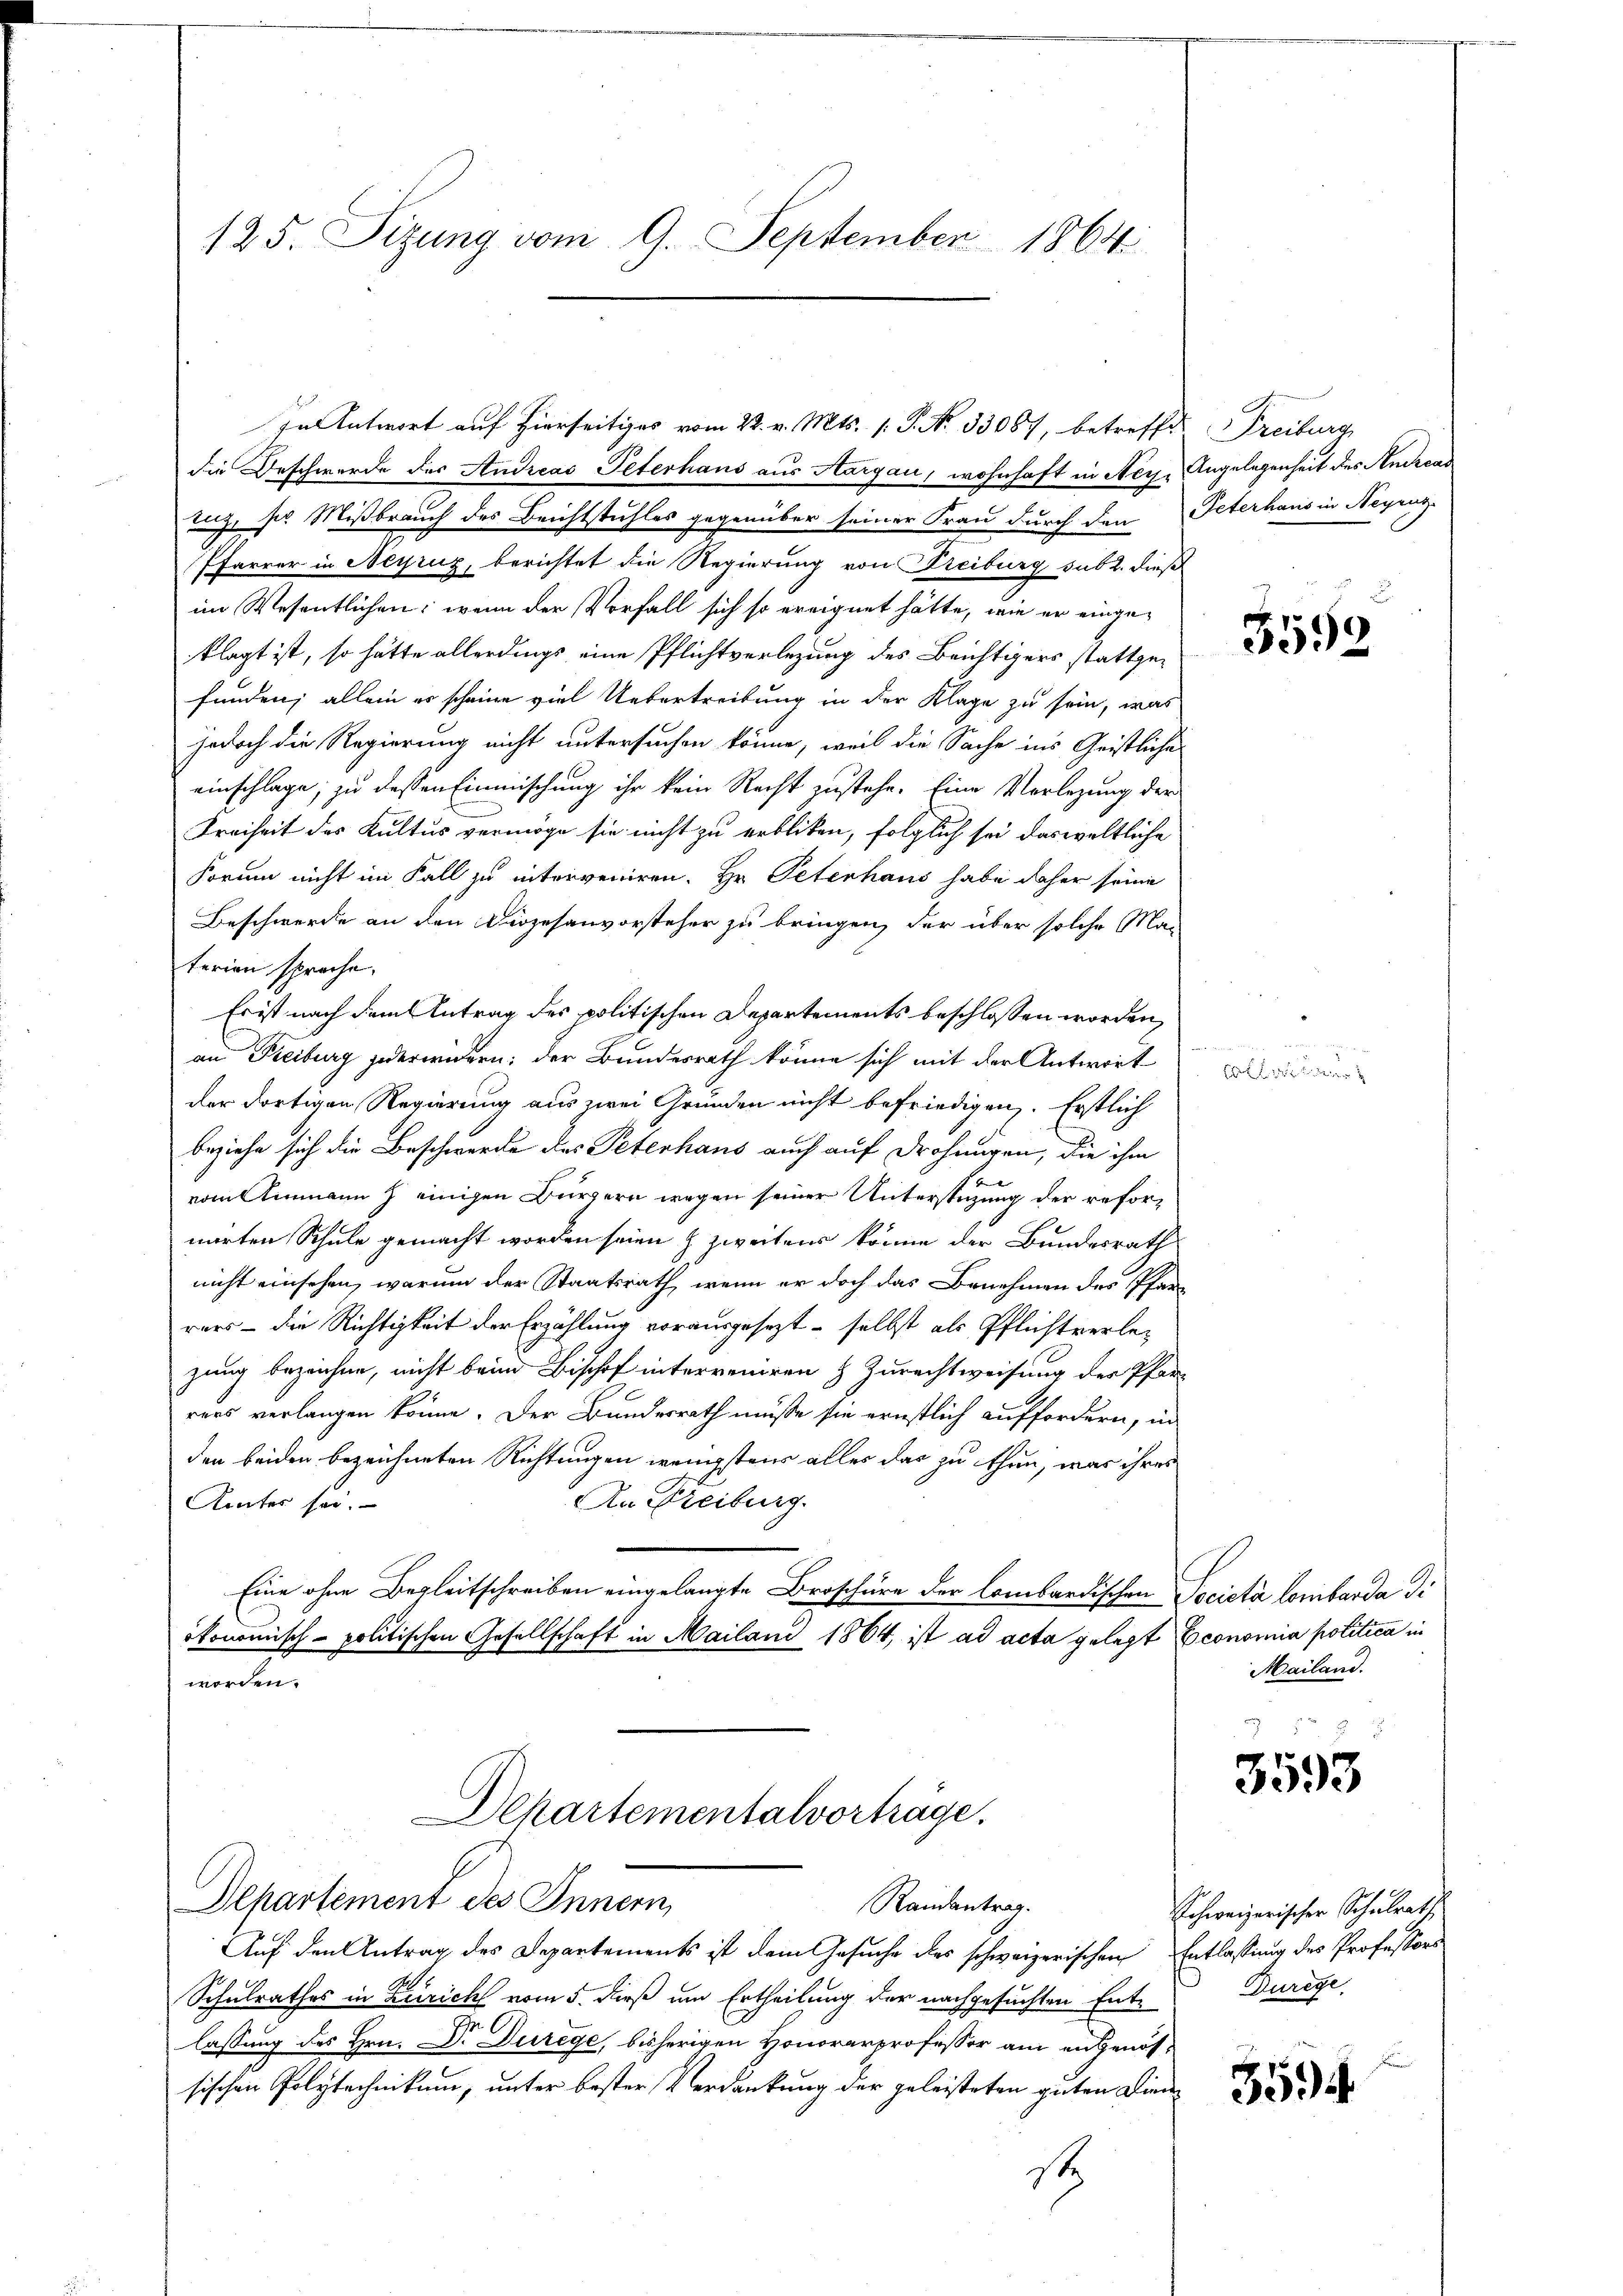
125. Sizung vom 9. September 1864

die Beschwerde des Andreas Peterhaus aus Aargau, wohnhaft in Acy, Angelegenheit des Andren
nige ses Mißbrauch des Beichtstuhles gegenüber seiner Frau durch den Peterhaus in Negenz-
Pfarrer in Neyrug, berichtet die Regierung von Freiburg sub. dieß
im Wesentlichen: wenn der Vorfall sich so ereignet hätte, wie er eingeklagt ist, so hätte allerdings eine Pflichtverlegung des Beichtigers stattgefunden; allein er scheine viel Uebertreibung in der Klage zu sein, was
jedoch die Regierung nicht untersuchen könne, weil die Sache ins Geistliche
einschlage, zu dessen Einmischung ihr kein Recht zustehe. Eine Verlegung der
Freiheit des Kultus vermöge sie nicht zu erbliken, folglich sei das weltliche
Forum nicht im Fall zu interveniren. Hr. Petenhaus habe daher seine
Beschwerde an den Dingesanvorsteher zu bringen, der über solche Ma-
terien spreche.
Es ist nach dem Antrag des politischen Departements beschlossen worden,
an Freiburg jederwidern; der Bundesrath könne sich mit der Antwort
der dortigen Regierung aus zwei Grunden nicht befriedigen. Erstlich
beziehe sich die Beschwerde des Petenhaus auch auf Drohungen, die ihm
2
vom Einmann J. einigen Bürgern wegen seiner Unterstüzung der refornarten Schule gemacht worden seien & zweitens könne der Bundesrath
nicht einsehen, warum der Staatsrath, wenn er doch das Benehmen des Pfarr
rers – die Richtigkeit der Erzählung vorausgesezt – selbst als Pflichtverlezung bezeichne, nicht beim Bischof interveniren & Zurechtweisung der Pfarr
rers verlangen könne. Der Bundesrath müsse sie ernstlich auffordern, in
den beiden bezeichneten Richtungen wenigstens alles das zu thun, was ihres
An Freiburg.
Ämter sei.
Eine ohne Begleitschreiben eingelangte Broschüre der lombardischen Società lombarda di
ökonomisch-politischen Gesellschaft in Mailand 1864, ist ad acta gelegt Economia politica in
worden.
Departementalvorträge.
E
Departement des Innern,
Randantrag.
Auf den Antrag des Departements ist dem Gesuche des schweizerischen Entlassung des Professors
Schulrathes in Zürich vom 5. dieß um Ertheilung der nachgesuchten Entlassung des Hrn. Dr. Durege, bisherigen Honorarprofessor am angenössischen Polytechnikum, unter bester Verdankung der geleisteten guten Diens

Antwort auf hierseitiges vom 22. v. Mts. 1. P. No. 33057, betreffet Freiburg

.
3559

x

Mailand.

.
3593

Schweizerischer Schulraths
Durege,

3594